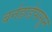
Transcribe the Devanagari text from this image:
बर्नहार्डपासून